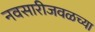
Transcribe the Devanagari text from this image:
नवसारीजवळच्या